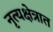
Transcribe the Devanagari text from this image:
नृत्यक्षेत्रात